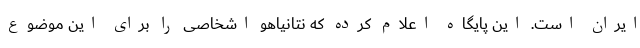
ایران است. این پایگاه اعلام کرده که نتانیاهو اشخاصی را برای این موضوع